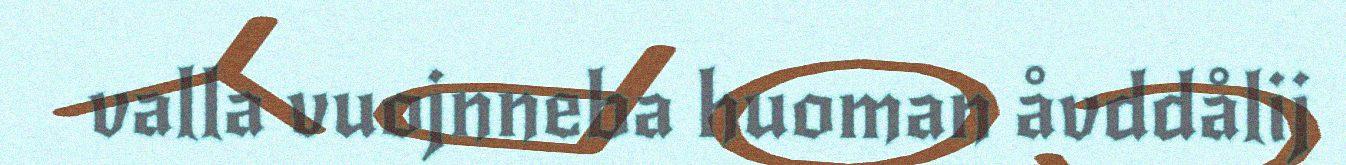
valla vuojnneba huoman åvddålij